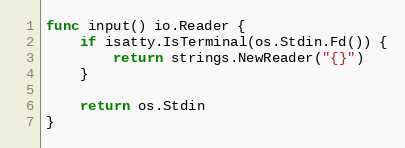
Language: Go
func input() io.Reader {
	if isatty.IsTerminal(os.Stdin.Fd()) {
		return strings.NewReader("{}")
	}

	return os.Stdin
}